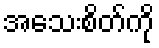
အသေးစိတ်ကို